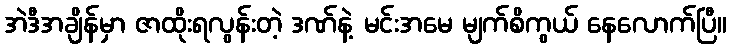
အဲဒီအချိန်မှာ ဇာထိုးရလွန်းတဲ့ ဒဏ်နဲ့ မင်းအမေ မျက်စိကွယ် နေလောက်ပြီ။